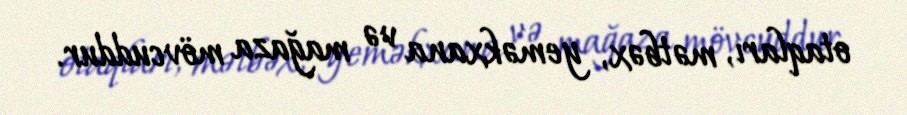
otaqları, mətbəx, yeməkxana və mağaza mövcuddur.